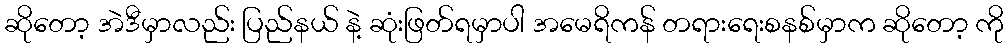
ဆိုတော့ အဲဒီမှာလည်း ပြည်နယ် နဲ့ ဆုံးဖြတ်ရမှာပါ အမေရိကန် တရားရေးစနစ်မှာက ဆိုတော့ ကို